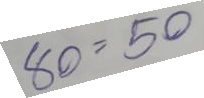
80 = 50